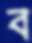
ব